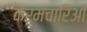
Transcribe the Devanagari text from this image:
कर्मचारिओं